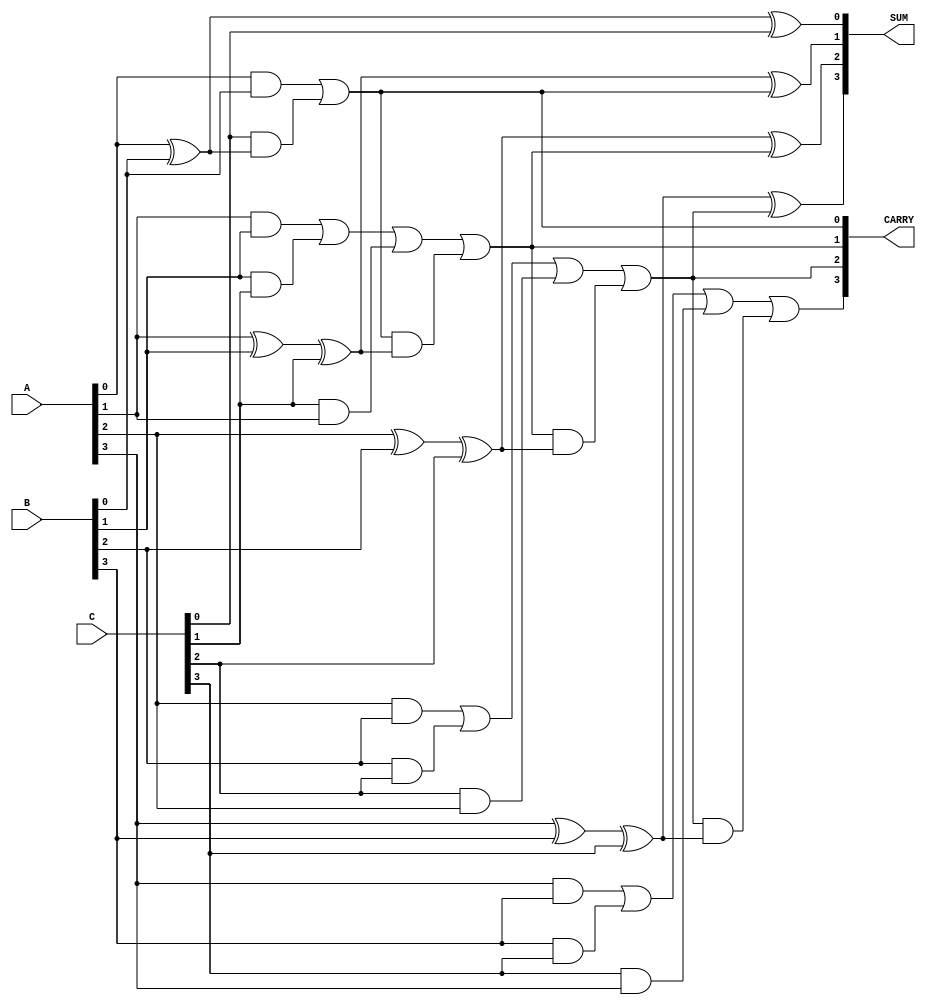
module carry_save_adder #
(
    parameter WIDTH = 4 // Bit-width of the input operands
)
(
    input [WIDTH-1:0] A, // First operand
    input [WIDTH-1:0] B, // Second operand
    input [WIDTH-1:0] C, // Third operand
    output [WIDTH-1:0] SUM, // Partial sum output
    output [WIDTH-1:0] CARRY // Carry output
);

    wire [WIDTH:0] sum_intermediate; // Intermediate sum from Half Adders
    wire [WIDTH:0] carry_intermediate; // Intermediate carry from Full Adders

    // Generate Half Adders for the least significant bit
    assign SUM[0] = A[0] ^ B[0] ^ C[0]; // Sum for LSB
    assign CARRY[0] = (A[0] & B[0]) | (C[0] & (A[0] ^ B[0]));

    // Generate Full Adders for the remaining bits
    genvar i;
    generate
        for (i = 1; i < WIDTH; i = i + 1) begin : full_adder_loop
            wire carry_input;
            assign carry_input = CARRY[i-1]; // Previous carry to the next stage
            assign SUM[i] = A[i] ^ B[i] ^ C[i] ^ carry_input; // Sum calculation
            assign CARRY[i] = (A[i] & B[i]) | (B[i] & C[i]) | (C[i] & A[i]) | (carry_input & (A[i] ^ B[i] ^ C[i])); // Carry generation
        end
    endgenerate

endmodule